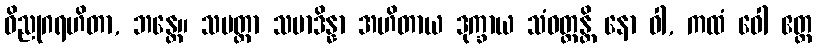
ဝိညုဂရဟိတာ, ဘန္တေ။ သမတ္တာ သမာဒိန္နာ အဟိတာယ ဒုက္ခာယ သံဝတ္တန္တိ နော ဝါ, ကထံ ဝေါ ဧတ္ထ